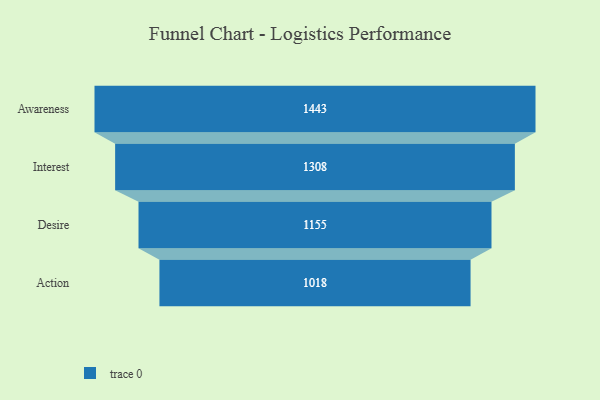
{"axis": {"x": "Stage", "y": "Value"}, "legend": [""], "data": [{"x": "Awareness", "y": 1443.0, "type": ""}, {"x": "Interest", "y": 1308.0, "type": ""}, {"x": "Desire", "y": 1155.0, "type": ""}, {"x": "Action", "y": 1018.0, "type": ""}]}